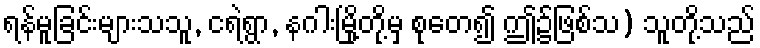
ရန်မူခြင်းများသသူ, ငရဲရွာ, နဂါးမြို့တို့မှ စုတေ၍ ဤ၌ဖြစ်သ) သူတို့သည်